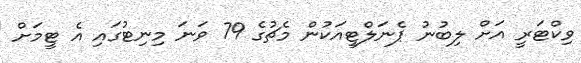
ވިކްޓަރީ އަށް ލިބުނު ޕެނަލްޓީއަކުން މެޗުގެ 79 ވަނަ މިނިޓުގައި އެ ޓީމަށް